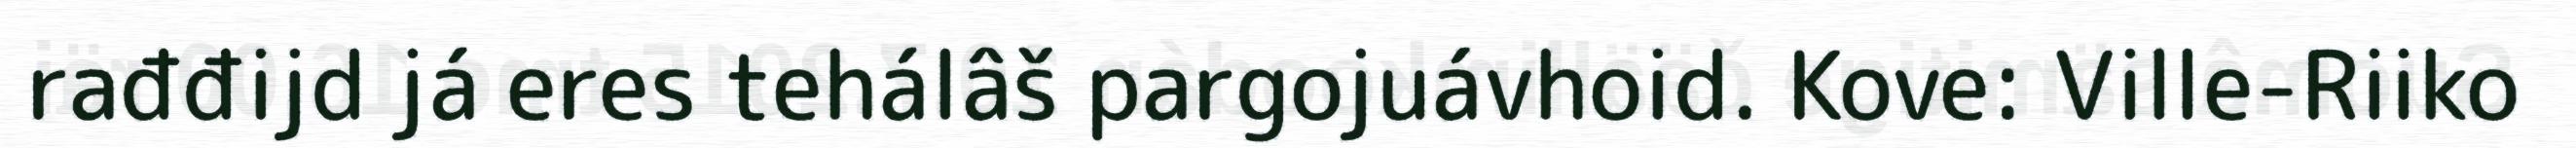
rađđijd já eres tehálâš pargojuávhoid. Kove: Ville-Riiko